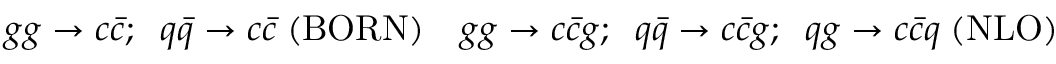
g g \rightarrow c \bar { c } ; \; \; q \bar { q } \rightarrow c \bar { c } \; ( \mathrm { B O R N } ) \quad g g \rightarrow c \bar { c } g ; \; \; q \bar { q } \rightarrow c \bar { c } g ; \; \; q g \rightarrow c \bar { c } q \; ( \mathrm { N L O } )